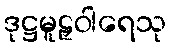
ဒုဋ္ဌမူဠှဝါရေသု